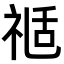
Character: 𥚇